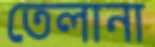
তেলানা